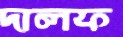
দালফ